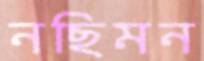
নছিমন